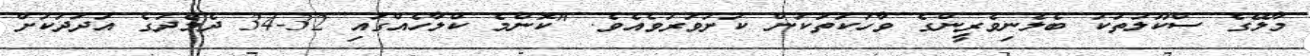
މާލޭގެ ސްކޫލުތަކު ބެލެނިވެރީންގެ ވާހަކަތަކުން ކަށަވަރުވެއެވެ. "ކޮންމެ ކްލާހެއްގައި 32-34 ދެމެދުގެ އަދަދަކަށް